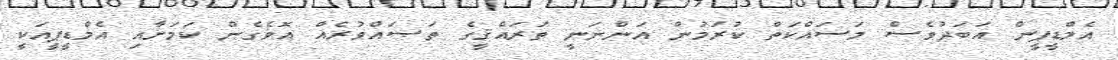
އެމްޑީޕީން އަބަދުވެސް މަސައްކަތް ކުރަމުން އަންނަނީ ތަރައްްޤީގެ ތަޞައްވުރެއް އޮވެގެން ކަމަށާއި އެމްޑީޕީއަކީ